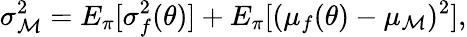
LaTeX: \sigma_{\mathcal{M}}^{2}=E_{\pi}[\sigma_{f}^{2}(\theta)]+E_{\pi}[(\mu_{f}(\theta)-\mu_{\mathcal{M}})^{2}],